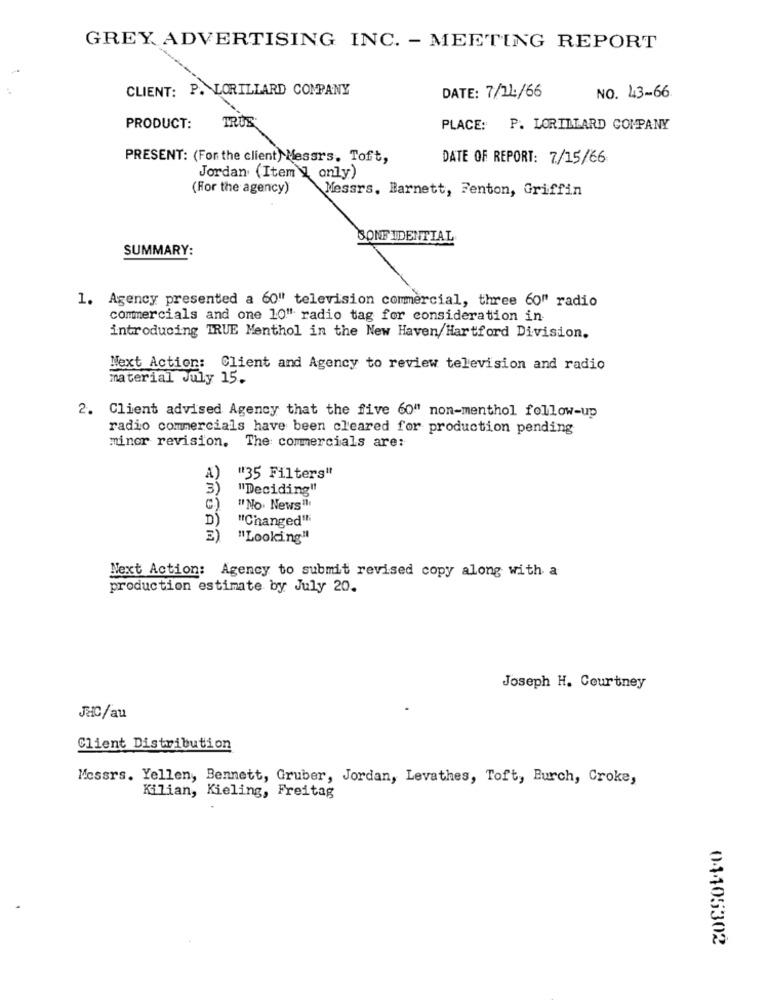
GREY ADVERTISING INC. - MEETING REPORT
CLIENT: P. LORILLARD COMPANY
NO. 43-66
DATE: 7/21/66
TRUE
PRODUCT:
PLACE: P. LORILLARD COMPANY
PRESENT: (For the client) Messrs. Toft,
DATE OF REPORT: 7/15/66
Jordan (Item ] only)
(For the agency)
Messrs. Barnett, Fenton, Griffin
CONFIDENTIAL
SUMMARY:
1. Agency presented a 60" television commercial, three 60" radio
commercials and one 10" radio tag for consideration in
introducing TRUE Menthol in the New Haven/Hartford Division.
Next Action: Client and Agency to review television and radio
material July 15.
2. Client advised Agency that the five 60" non-menthol follow-up
radio commercials have been cleared for production pending
minor revision. The commercials are:
A)
"35 Filterg"
3)
"Deciding"
C)
"No. News !!
D)
"Changed"
E)
"Looking"
Next Action: Agency to submit revised copy along with a
production estimate by July 20.
Joseph H. Courtney
JHC/au
Client Distribution
Messrs. Yellen, Bennett, Gruber, Jordan, Levathes, Toft, Burch, Croke,
Kilian, Kieling, Freitag
04105302